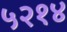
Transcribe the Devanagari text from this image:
५२१४